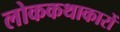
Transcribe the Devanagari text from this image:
लोककथाकारों